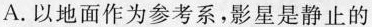
A.以地面作为参考系，影星是静止的